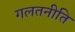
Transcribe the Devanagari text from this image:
गलतनीति